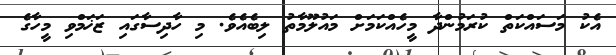
އެކު މަސައްކަތް ކުރަމުންދާ މީހެއްކަމަށް މައުލޫމާތު ލިބެއެވެ. މި ހާދިސާގައި ޒަޚަމްވި މީހާގެ